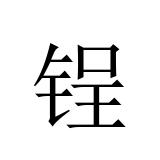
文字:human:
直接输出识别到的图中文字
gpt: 锃